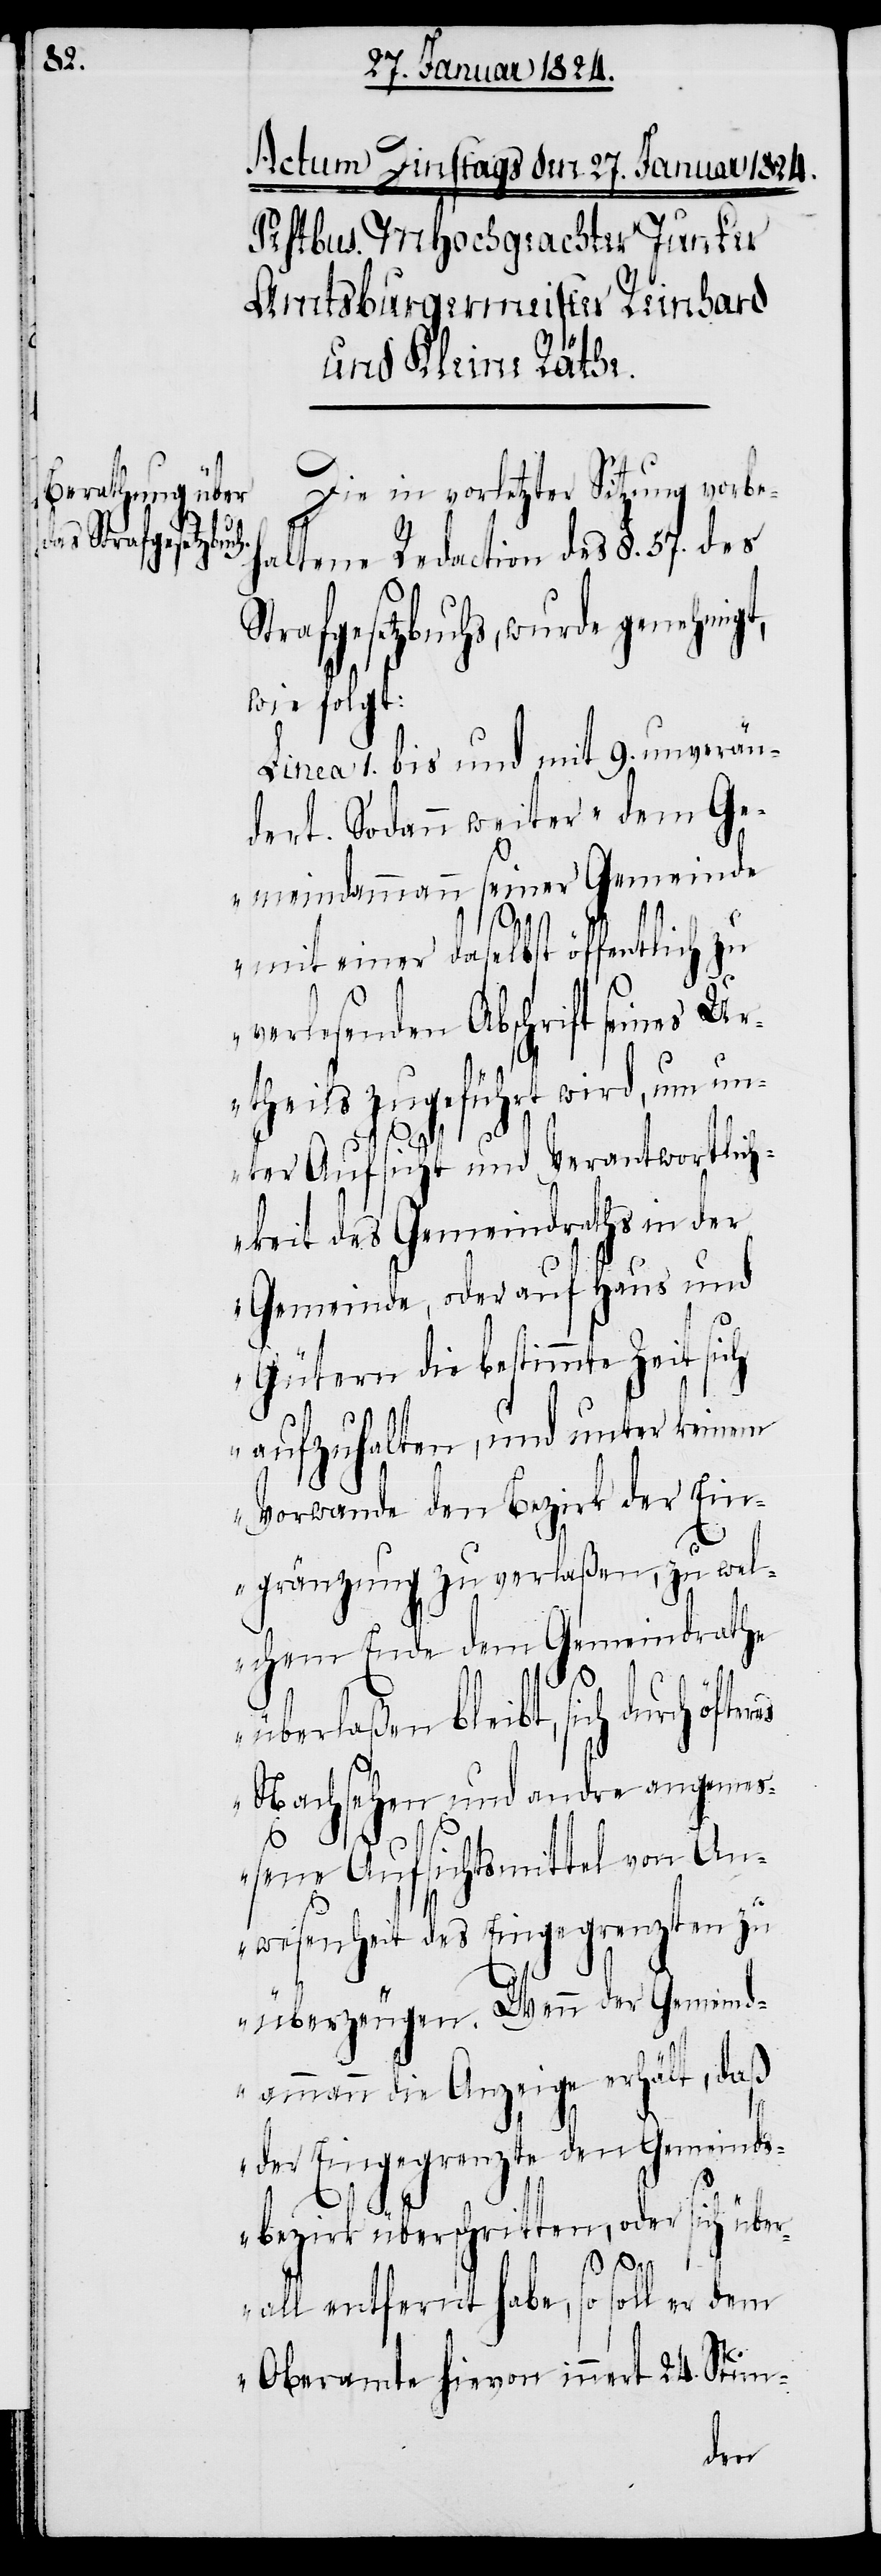
Die in vorletzter Sitzung vorbe¬
haltene Redaction des §. 57. des
Strafgesetzbuchs, wurde
wie folgt:
Linea 1. bis und mit 9. unverän¬
dert. Sodann weiter „dem Ge¬
meindammann seiner Gemeinde
mit einer daselbst öffentlich zu
verlesenden Abschrift seines U¬
rtheils zugeführt wird, um un¬
ter Aufsicht und Verantwortlich¬
keit des Gemeindraths in der
Gemeinde, oder auf Haus und
Gütern die bestimmte Zeit sich
aufzuhalten, und unter keinem
Vorwande den Bezirk der Ein¬
gränzung zu verlaßen, zu wel¬
chem Ende dem Gemeindrathe
überlaßen bleibt, sich durch
Nachsehen und andre angeme¬
ßene Aufsichtsmittel von An¬
wesenheit des Eingegrenzten zu
überzeugen. Wenn der Gemeind¬
ammann die Anzeige erhält, daß
der Eingegrenzte den Gemeinds¬
bezirk überschritten, oder sich über¬
all entfernt habe, so soll er dem
Oberamte hievon innert 24. Stun-